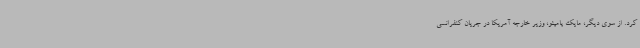
کرد. از سوی دیگر، مایک پامپئو، وزیر خارجه آمریکا در جریان کنفرانسی